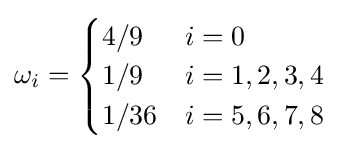
\omega _{i}={\begin{cases}4/9&i=0\\1/9&i=1,2,3,4\\1/36&i=5,6,7,8\\\end{cases}}